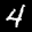
Label: 4